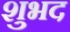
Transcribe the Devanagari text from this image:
शुभद